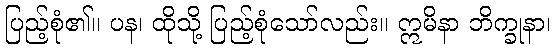
ပြည့်စုံ၏။ ပန၊ ထိုသို့ ပြည့်စုံသော်လည်း။ ဣမိနာ ဘိက္ခုနာ၊